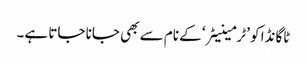
ٹاگانڈا کو ’ٹرمینیٹر‘ کے نام سے بھی جانا جاتا ہے۔